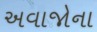
અવાજોના